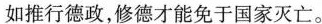
如推行德政，修德才能免于国家灭亡。